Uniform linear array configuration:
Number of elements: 24
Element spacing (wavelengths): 1
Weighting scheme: exponential
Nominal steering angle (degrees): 30
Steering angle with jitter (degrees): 28.206
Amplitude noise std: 0.05
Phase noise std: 0.05

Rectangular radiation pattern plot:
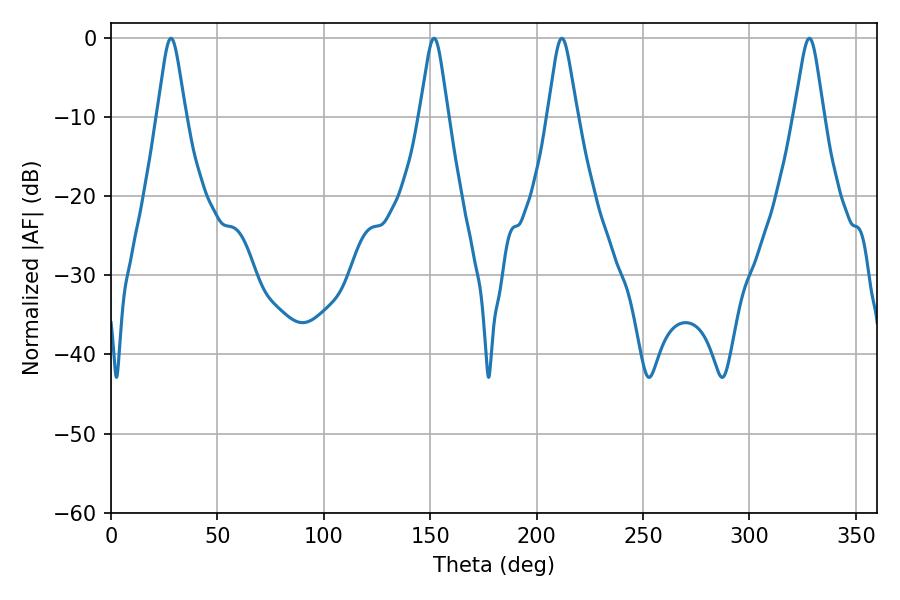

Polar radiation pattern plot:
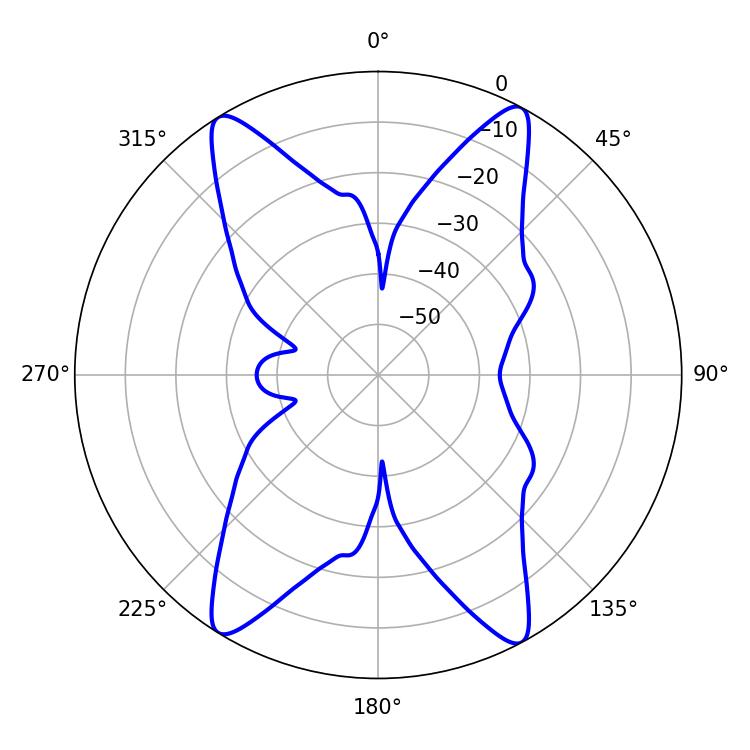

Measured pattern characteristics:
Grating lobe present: TRUE
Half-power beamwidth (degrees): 6.66
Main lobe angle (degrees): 211.86